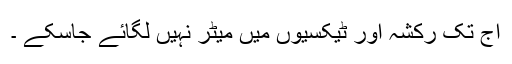
آج تک رکشہ اور ٹیکسیوں میں میٹر نہیں لگائے جاسکے ۔